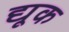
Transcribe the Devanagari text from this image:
द्यूक